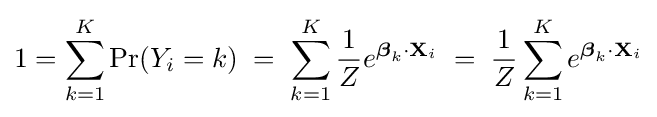
1=\sum _{k=1}^{K}\Pr(Y_{i}=k)\;=\;\sum _{k=1}^{K}{\frac {1}{Z}}e^{{\boldsymbol {\beta }}_{k}\cdot \mathbf {X} _{i}}\;=\;{\frac {1}{Z}}\sum _{k=1}^{K}e^{{\boldsymbol {\beta }}_{k}\cdot \mathbf {X} _{i}}